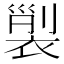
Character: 𧚲